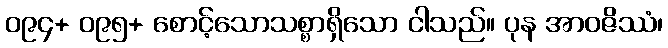
၀၉၄+ ၀၉၅+ စောင့်သောသစ္စာရှိသော ငါသည်။ ပုန အာဝဇိဿံ၊